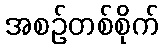
အစဉ်တစ်စိုက်